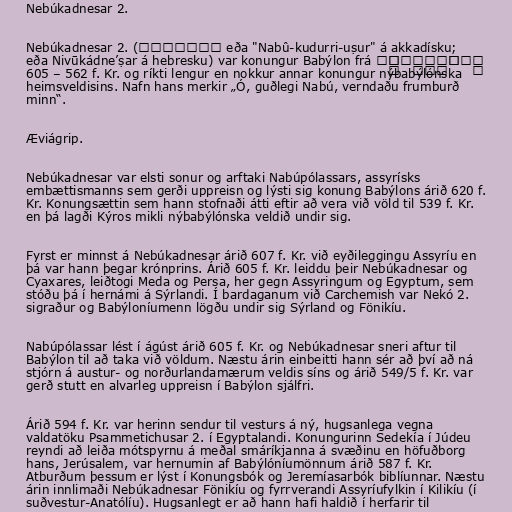
Nebúkadnesar 2.

Nebúkadnesar 2. (𒀭𒀝𒆪𒁺𒌨𒊑𒋀 eða "Nabû-kudurri-uṣur" á akkadísku;
נְבוּכַדְנֶאצַּר eða Nivūkádne’ṣar á hebresku) var konungur Babýlon frá
605 – 562 f. Kr. og ríkti lengur en nokkur annar konungur nýbabýlónska
heimsveldisins. Nafn hans merkir „Ó, guðlegi Nabú, verndaðu frumburð
minn“.

Æviágrip.

Nebúkadnesar var elsti sonur og arftaki Nabúpólassars, assyrísks
embættismanns sem gerði uppreisn og lýsti sig konung Babýlons árið 620 f.
Kr. Konungsættin sem hann stofnaði átti eftir að vera við völd til 539 f. Kr.
en þá lagði Kýros mikli nýbabýlónska veldið undir sig.

Fyrst er minnst á Nebúkadnesar árið 607 f. Kr. við eyðileggingu Assyríu en
þá var hann þegar krónprins. Árið 605 f. Kr. leiddu þeir Nebúkadnesar og
Cyaxares, leiðtogi Meda og Persa, her gegn Assyringum og Egyptum, sem
stóðu þá í hernámi á Sýrlandi. Í bardaganum við Carchemish var Nekó 2.
sigraður og Babýloníumenn lögðu undir sig Sýrland og Fönikíu.

Nabúpólassar lést í ágúst árið 605 f. Kr. og Nebúkadnesar sneri aftur til
Babýlon til að taka við völdum. Næstu árin einbeitti hann sér að því að ná
stjórn á austur- og norðurlandamærum veldis síns og árið 549/5 f. Kr. var
gerð stutt en alvarleg uppreisn í Babýlon sjálfri.

Árið 594 f. Kr. var herinn sendur til vesturs á ný, hugsanlega vegna
valdatöku Psammetichusar 2. í Egyptalandi. Konungurinn Sedekía í Júdeu
reyndi að leiða mótspyrnu á meðal smáríkjanna á svæðinu en höfuðborg
hans, Jerúsalem, var hernumin af Babýlóníumönnum árið 587 f. Kr.
Atburðum þessum er lýst í Konungsbók og Jeremíasarbók biblíunnar. Næstu
árin innlimaði Nebúkadnesar Fönikíu og fyrrverandi Assyríufylkin í Kilikíu (í
suðvestur-Anatólíu). Hugsanlegt er að hann hafi haldið í herfarir til